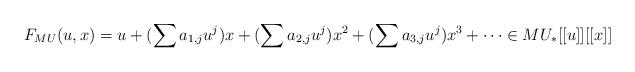
LaTeX: \begin{align*}F_{MU}(u,x)& = u + (\sum a_{1,j}u^j)x + (\sum a_{2,j}u^j) x^2 + (\sum a_{3,j}u^j)x^3 + \cdots \in MU_*[[u]][[x]]\end{align*}